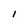
Character: 1